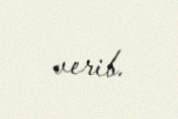
verib.